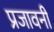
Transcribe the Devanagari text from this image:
प्रजावनी